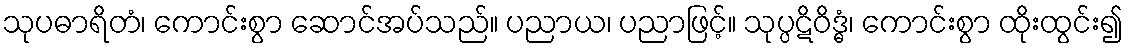
သုပဓာရိတံ၊ ကောင်းစွာ ဆောင်အပ်သည်။ ပညာယ၊ ပညာဖြင့်။ သုပ္ပဋိဝိဒ္ဓံ၊ ကောင်းစွာ ထိုးထွင်း၍